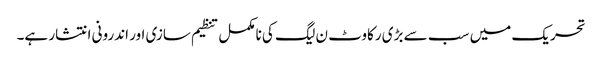
تحریک میں سب سے بڑی رکاوٹ ن لیگ کی نامکمل تنظیم سازی اور اندرونی انتشار ہے۔